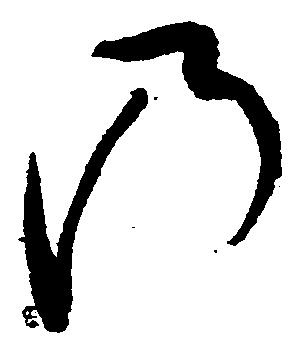
の